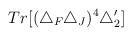
LaTeX: \begin{align*}Tr[(\triangle_F\triangle_J)^4\triangle_2']\end{align*}